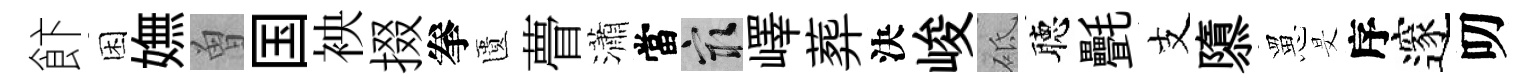
飰困嫵曽国䘧掇拳匱瞢瀟當冣嶧葬決峻砥聴㲲支隳罳旻序邃叨